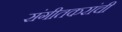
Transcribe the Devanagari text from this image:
संगीतकरांची